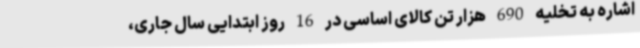
اشاره به تخلیه 690 هزار تن کالای اساسی در 16 روز ابتدایی سال جاری،